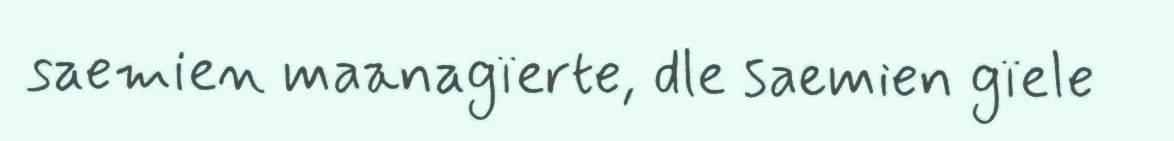
saemien maanagïerte, dle saemien gïele